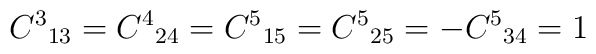
{C^3}_{13}={C^4}_{24}={C^5}_{15}={C^5}_{25}=-{C^5}_{34}=1